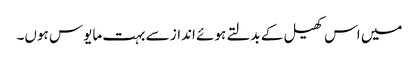
میں اس کھیل کے بدلتے ہوئے انداز سے بہت مایوس ہوں۔